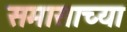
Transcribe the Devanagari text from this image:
समासाच्या